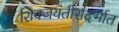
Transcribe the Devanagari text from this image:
शिवजयंतीसंदर्भात